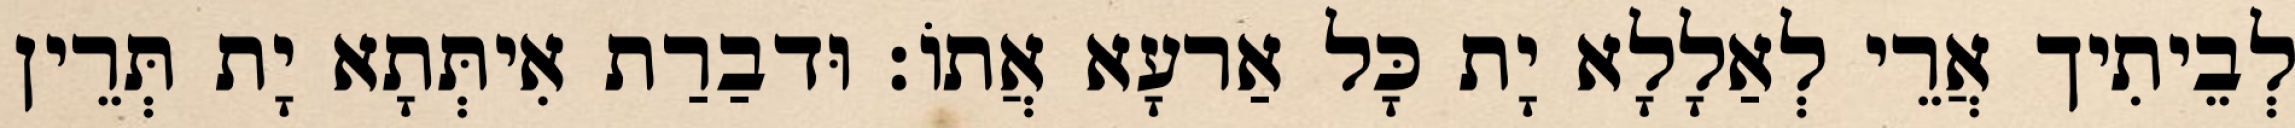
לְבֵיתִיך אֲרֵי לְאַלָלָא יָת כָּל אַרעָא אֲתוֹ׃ וּדבַרַת אִיתְּתָא יָת תְּרֵין